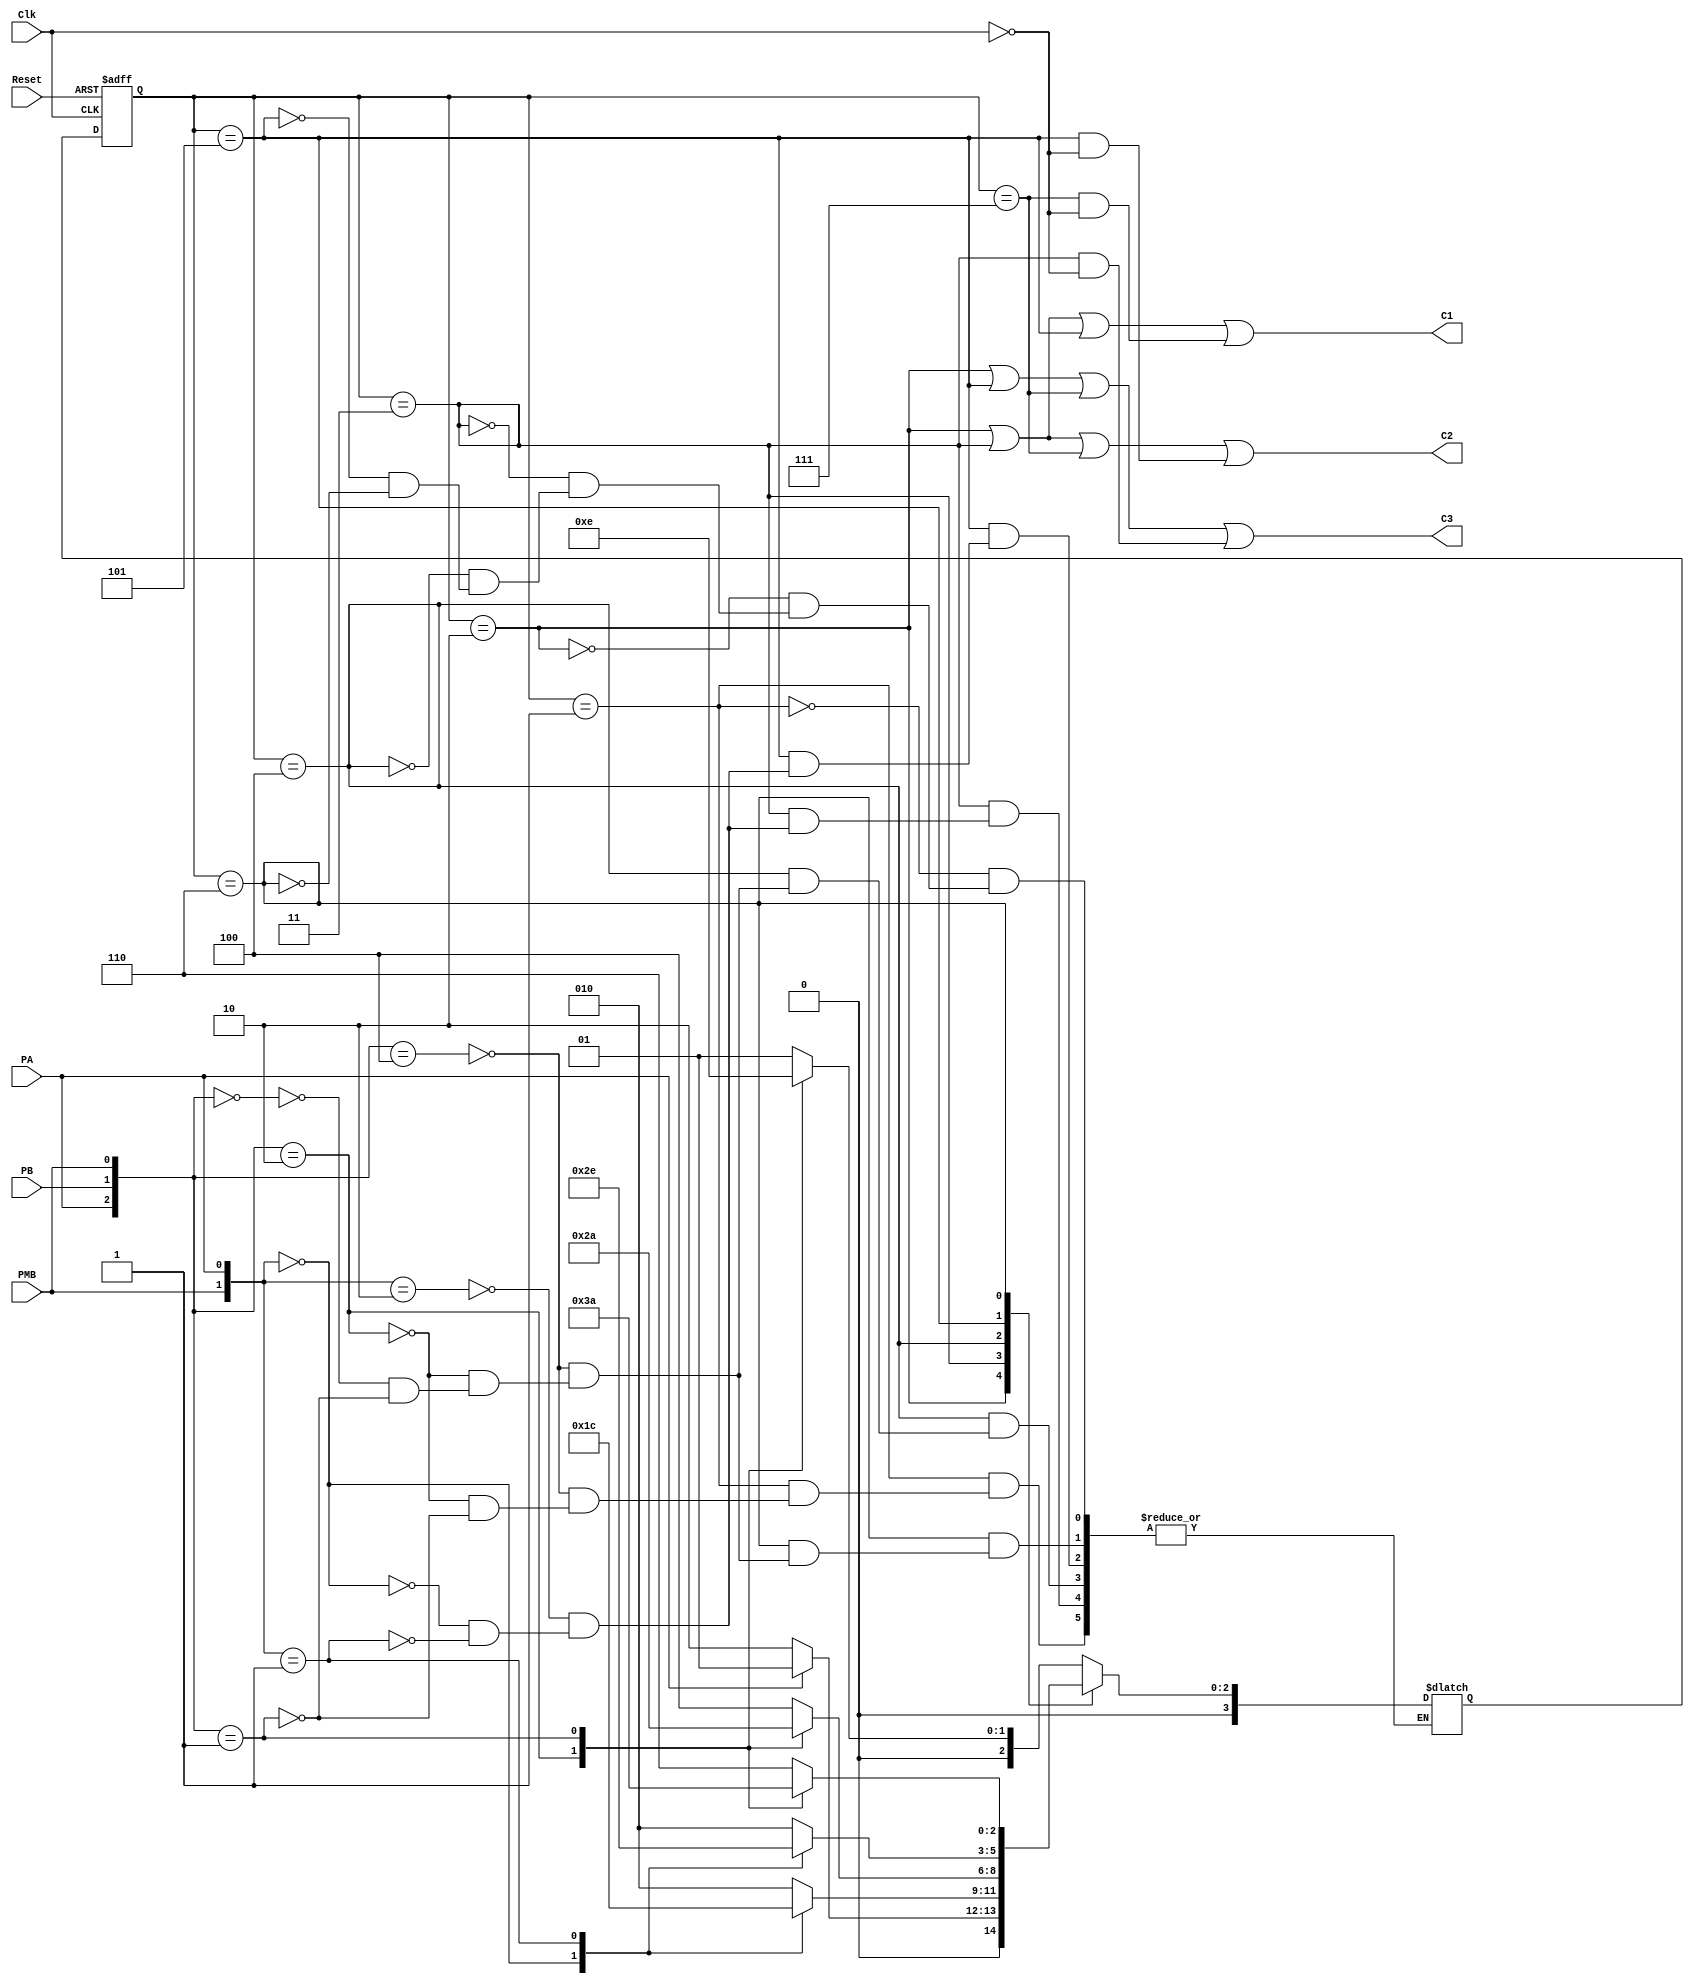
/*  Circuitos Digitales 1
    I ciclo 2022  
Autor: Pablo Duran Segura */

//El presente programa describe una maquina de estados que controla un sistema alternador de bombas

module AltCompr (input Clk, Reset,  //seal de reloj y reset
                input  PA, PB, PMB,  //entradas de la maquina(Sensores de presion)
                output C1,C2,C3);    //salidas de la maquina(compresores)


reg [3:0]  EstPres, ProxEstado; 

//asignacion de estados
parameter a = 4'b0001;
parameter b = 4'b0010;
parameter c = 4'b0011;
parameter d = 4'b0100;            
parameter e = 4'b0101;
parameter f = 4'b0110;
parameter g = 4'b0111;

//memoria de estados

always @(posedge Clk, posedge Reset)
    if (Reset)  EstPres <= a;
    else        EstPres <= ProxEstado;

//Logica de calculo de proximo estado

always @(*)
    case (EstPres)
    a   : case({PA,PB,PMB})
            3'b100 : ProxEstado = a;
            3'b010 : ProxEstado = c;
            3'b001 : ProxEstado = b;
          endcase
    b   : if (PA) ProxEstado = a;
            else  ProxEstado = b;
    c   : case({PMB,PA})
            2'b10 : ProxEstado = b;
            2'b00 : ProxEstado = c;
            2'b01 : ProxEstado = d;
          endcase
    d :  case({PA,PB,PMB})
            3'b100 : ProxEstado = d;
            3'b010 : ProxEstado = e;
            3'b000 : ProxEstado = d;
            3'b001 : ProxEstado = b;
         endcase
    e :  case({PMB,PA})
            2'b10 : ProxEstado = b;
            2'b00 : ProxEstado = e;
            2'b01 : ProxEstado = f;
         endcase
    f :  case({PA,PB,PMB})
            3'b100 : ProxEstado = f;
            3'b010 : ProxEstado = g;
            3'b000 : ProxEstado = f;
            3'b001 : ProxEstado = b;
         endcase
    e :  case({PMB,PA})
            2'b10 : ProxEstado = b;
            2'b00 : ProxEstado = g;
            2'b01 : ProxEstado = a;
         endcase
    endcase

//asignacion de los estados en donde se activan las salidas, el clk negado es cuando la salida C3 se activa en el IRE.
assign C1 = (EstPres == b | EstPres == c | EstPres == e | (EstPres == g&(~Clk)));
assign C2 = (EstPres == b | EstPres == c | EstPres == g | (EstPres == e&(~Clk)));
assign C3 = (EstPres == b | EstPres == e | EstPres == g | (EstPres == c&(~Clk)));

endmodule